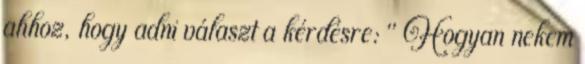
ahhoz, hogy adni választ a kérdésre: " Hogyan nekem